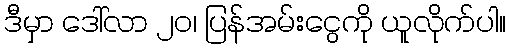
ဒီမှာ ဒေါ်လာ ၂၀၊ ပြန်အမ်းငွေကို ယူလိုက်ပါ။